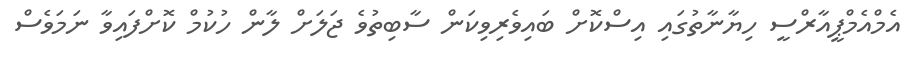
އެމްއެމްޕީއާރްސީ ހިޔާނާތުގައި އިސްކޮށް ބައިވެރިވިކަން ސާބިތުވެ ޖަލަށް ލާން ހުކުމް ކޮށްފައިވާ ނަމަވެސް